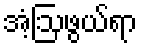
အံ့ဩဖွယ်ရာ